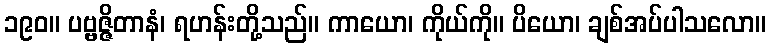
၁၉၀။ ပဗ္ဗဇ္ဇိတာနံ၊ ရဟန်းတို့သည်။ ကာယော၊ ကိုယ်ကို။ ပိယော၊ ချစ်အပ်ပါသလော။